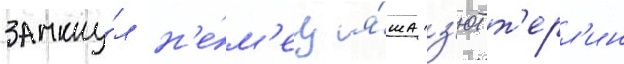
замкну́л н'е́м'ец я́ша з'ютт'ерл'ин